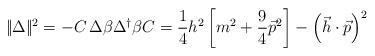
LaTeX: \begin{align*}|\!|\Delta |\!|^2=-C\,\Delta \beta \Delta ^{\dagger }\beta C=\frac14h^2\left[ m^2+\frac 94\vec p^2\right] -\left( \vec h\cdot \vec p\right) ^2\end{align*}